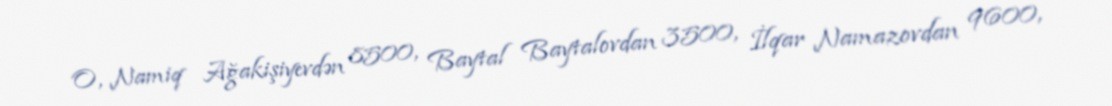
O, Namiq Ağakişiyevdən 8500, Baytal Baytalovdan 3500, İlqar Namazovdan 9600,